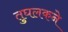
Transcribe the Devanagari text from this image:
तुघलकने